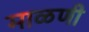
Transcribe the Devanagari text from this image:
माळणी